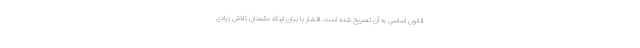
قانون اساسی به آن تصریح شده است. افشار با بیان اینکه دشمنان تلاش زیادی